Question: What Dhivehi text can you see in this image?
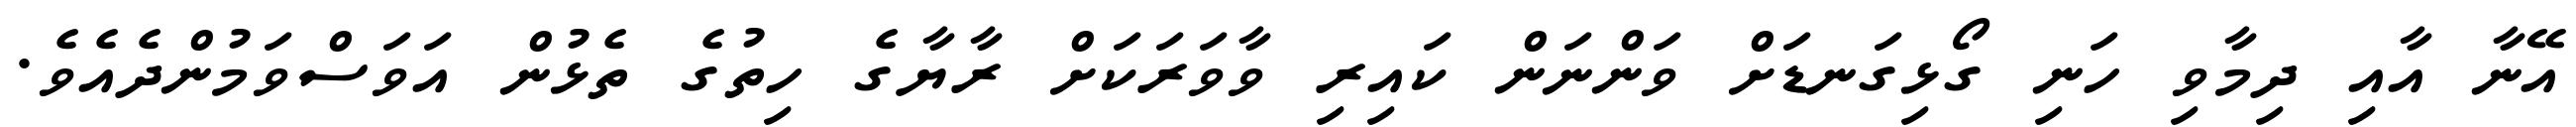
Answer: އޭނާ އާއި ދިމާވި ހަނި ގޯޅިގަނޑަށް ވަންނަން ކައިރި ވާވަރަކަށް ރާޔާގެ ހިތުގެ ތެޅުން އަވަސްވަމުންދެއެވެ.